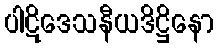
ပါဋိဒေသနီယဒိဋ္ဌိနော